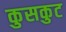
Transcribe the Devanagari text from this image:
कुसकुट